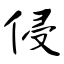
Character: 侵